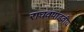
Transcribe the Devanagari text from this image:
राघवपांडवीय